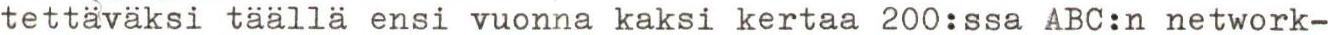
tettäväksi täällä ensi vuonna kaksi kertaa 200:ssa ABC:n network-